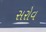
સરોવ